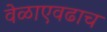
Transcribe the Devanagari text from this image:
वेळाएवढाच